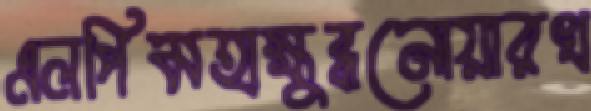
এলপিমহাক্ষুব্ধনোয়ারখ